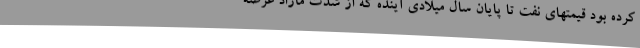
کرده بود قیمتهای نفت تا پایان سال میلادی آینده که از شدت مازاد عرضه